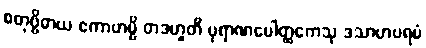
စတုဗ္ဗိဓာယ ဧကာဟမ္ပိ တဒဟူတိ ပုရာဏပေါတ္ထကေသု ဒသာဟပရမံ